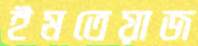
ইমতেয়াজ